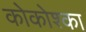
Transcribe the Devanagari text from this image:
कोकोश्का